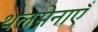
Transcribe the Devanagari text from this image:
थलसेनाएँ